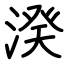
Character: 湀